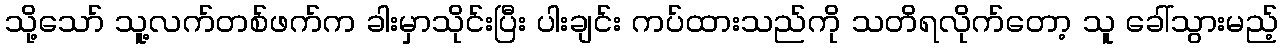
သို့သော် သူ့လက်တစ်ဖက်က ခါးမှာသိုင်းပြီး ပါးချင်း ကပ်ထားသည်ကို သတိရလိုက်တော့ သူ ခေါ်သွားမည့်